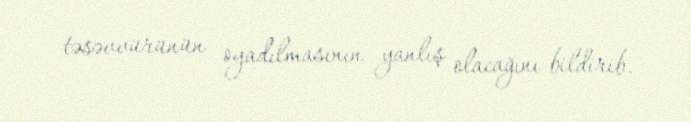
təsəvvürünün oyadılmasının yanlış olacağını bildirib.